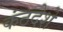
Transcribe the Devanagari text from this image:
कंठदेशे